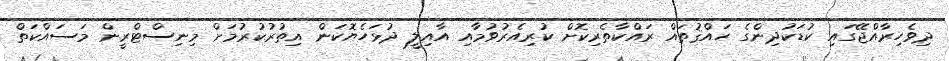
ދިވެހިރާއްޖޭގައި ކުޑަކުދިންގެ ހައްޤުތައް ރައްކާތެރިކޮށް ކުރިއެރުވުމާއި އާއިލީ ދުޅަހެޔޮކަން އިތުރުކުރުމަށް މިނިސްޓްރީން މަސައްކަތް